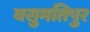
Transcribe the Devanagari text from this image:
वसुमतिपुर